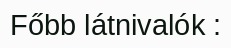
Főbb látnivalók :